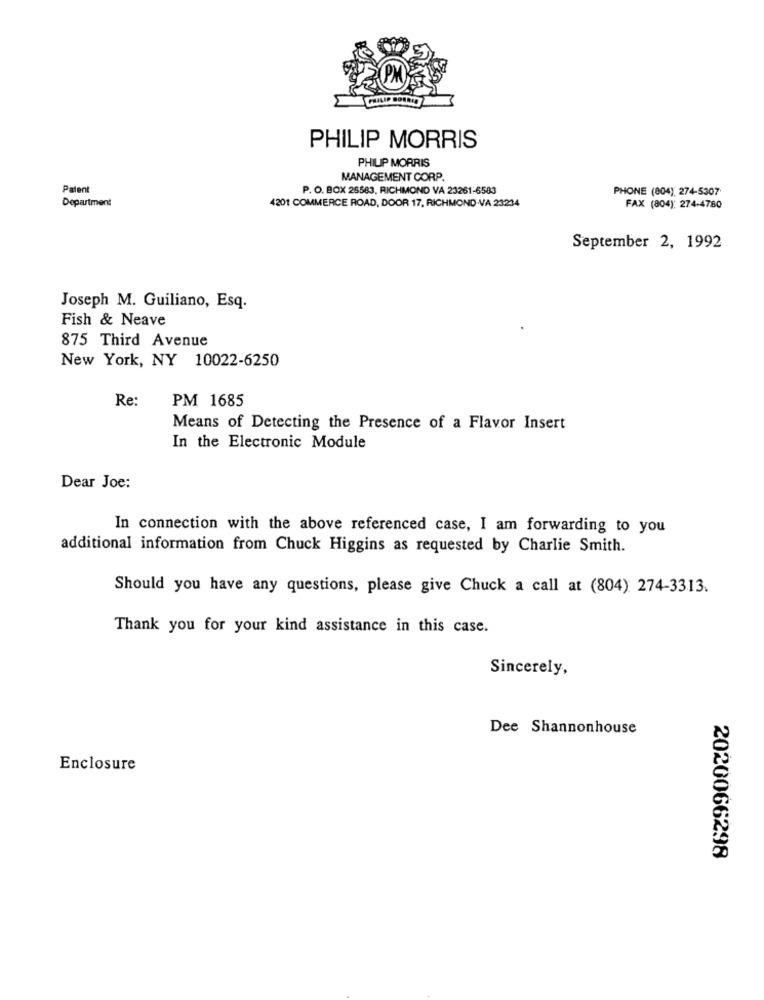
PHILIP D
PHILIP MORRIS
PHILIP MORRIS
MANAGEMENT CORP.
Patent
P. O. BOX 26583, RICHMOND VA 23261-6583
PHONE (804): 274-5307
Department
4201 COMMERCE ROAD, DOOR 17, RICHMOND VA 23234
FAX (804): 274-4780
September 2, 1992
Joseph M. Guiliano, Esq.
Fish & Neave
875 Third Avenue
New York, NY 10022-6250
Re:
PM 1685
Means of Detecting the Presence of a Flavor Insert
In the Electronic Module
Dear Joe:
In connection with the above referenced case, I am forwarding to you
additional information from Chuck Higgins as requested by Charlie Smith.
Should you have any questions, please give Chuck a call at (804) 274-3313.
Thank you for your kind assistance in this case.
Sincerely,
Dee Shannonhouse
Enclosure
2020066298